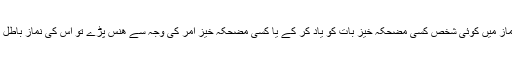
اگر اثنائے نماز میں کوئی شخص کسی مضحکہ خیز بات کو یاد کر کے یا کسی مضحکہ خیز امر کی وجہ سے ھنس پڑے تو اس کی نماز باطل ہے یا نہیں ؟